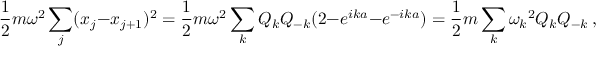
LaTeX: { \frac { 1 } { 2 } } m \omega ^ { 2 } \sum _ { j } ( x _ { j } - x _ { j + 1 } ) ^ { 2 } = { \frac { 1 } { 2 } } m \omega ^ { 2 } \sum _ { k } Q _ { k } Q _ { - k } ( 2 - e ^ { i k a } - e ^ { - i k a } ) = { \frac { 1 } { 2 } } m \sum _ { k } { \omega _ { k } } ^ { 2 } Q _ { k } Q _ { - k } ~ ,